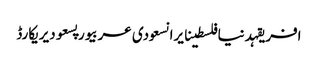
افریقہدنیافلسطینایرانسعودی عربیورپسعودیریکارڈ